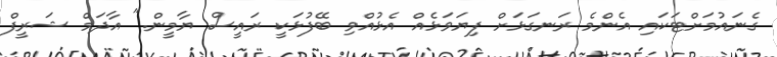
ގެނައުމަށްޓަކައި އެންމެ ރަނގަޅަށް ފިޔަވަޅެއް އެޅުއްވި ބޭފުޅަކީ ރައީސް ޔާމީން." އާދަމް ޝަރީފް